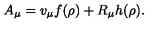
A _ { \mu } = v _ { \mu } f ( \rho ) + R _ { \mu } h ( \rho ) .